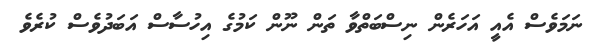
ނަމަވެސް އެއީ އަހަރެން ނިސްބަތްވާ ތަން ނޫން ކަމުގެ އިހުސާސް އަބަދުވެސް ކުރެވެ